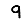
Digit: 9